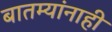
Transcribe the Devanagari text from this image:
बातम्यांनाही